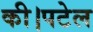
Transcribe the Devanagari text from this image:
की।पटेल